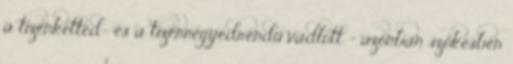
a tizenketted- és a tizennegyedrendű vádlott – azonban szökésben